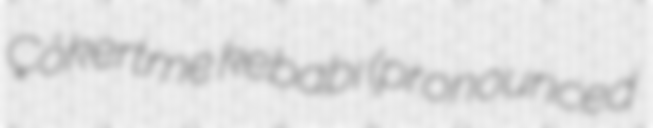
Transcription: Çökertme kebabı (pronounced